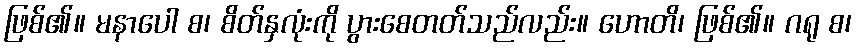
ဖြစ်၏။ မနာပေါ စ၊ စိတ်နှလုံးကို ပွားစေတတ်သည်လည်း။ ဟောတိ၊ ဖြစ်၏။ ဂရု စ၊